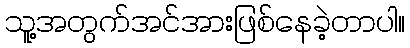
သူ့အတွက်အင်အားဖြစ်နေခဲ့တာပါ။